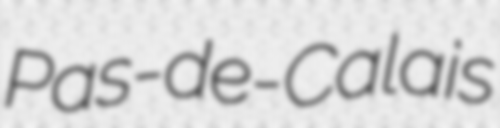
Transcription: Pas-de-Calais